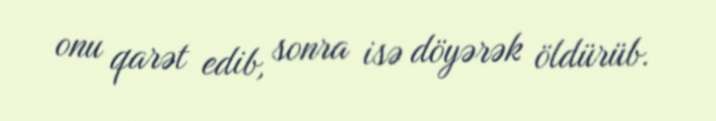
onu qarət edib, sonra isə döyərək öldürüb.